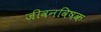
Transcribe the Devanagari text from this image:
जीवनविषक